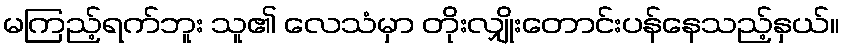
မကြည့်ရက်ဘူး သူ၏ လေသံမှာ တိုးလျှိုးတောင်းပန်နေသည့်နှယ်။